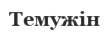
Темужін